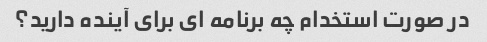
در صورت استخدام چه برنامه ای برای آینده دارید؟